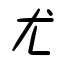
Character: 尤